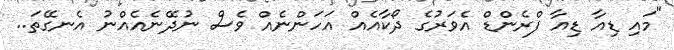
"މައި ޑިއާ ޑިއާ ފްރެންޑް އެވަރުގެ ދޯކާއެއް އަހަންނެއް ވެސް ނުދޭނެއެއްނު އެނގޭތަ..